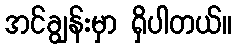
အင်ချွန်းမှာ ရှိပါတယ်။